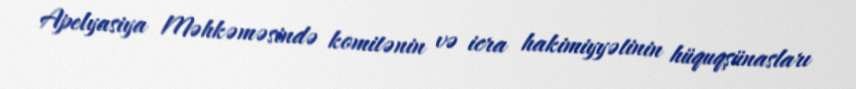
Apelyasiya Məhkəməsində komitənin və icra hakimiyyətinin hüquqşünasları